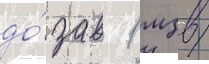
до́за в 1 мзв/